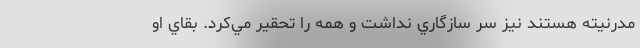
مدرنيته هستند نيز سر سازگاري نداشت و همه را تحقير مي‌كرد. بقاي او